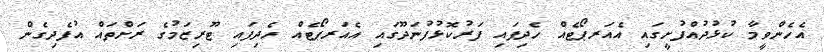
އެހެންވީމާ ކުޅުދުއްފުށީގައި އެއަރޕޯޓެއް ހެދިފައި ފަރުކޮޅުފުނަދޫގައި އެއަރޕޯޓެއް ހެދިފައި ޓޫރިޒަމުގެ ރަށްތައް އުފެދިގެން